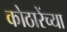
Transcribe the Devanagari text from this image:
कोठारेंच्या